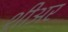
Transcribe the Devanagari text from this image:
शीअर